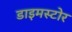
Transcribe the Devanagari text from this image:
डाइमस्टोर